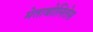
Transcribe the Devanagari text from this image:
मेताबोलितेस